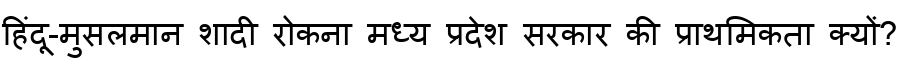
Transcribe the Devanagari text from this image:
हिंदू-मुसलमान शादी रोकना मध्य प्रदेश सरकार की प्राथमिकता क्यों?